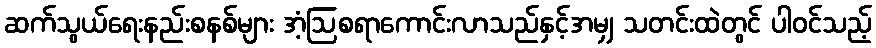
ဆက်သွယ်ရေးနည်းစနစ်များ အံ့ဩစရာကောင်းလာသည်နှင့်အမျှ သတင်းထဲတွင် ပါဝင်သည့်